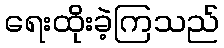
ရေးထိုးခဲ့ကြသည်